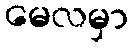
မေလမှာ